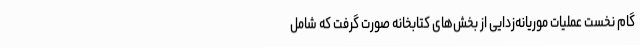
گام نخست عملیات موریانه‌زدایی از بخش‌های کتابخانه صورت گرفت که شامل